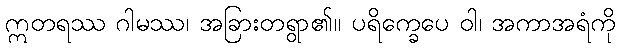
ဣတရဿ ဂါမဿ၊ အခြားတရွာ၏။ ပရိက္ခေပေ ဝါ၊ အကာအရံကို